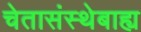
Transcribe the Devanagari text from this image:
चेतासंस्थेबाह्य